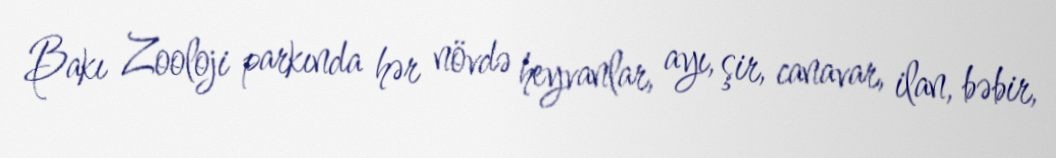
Bakı Zooloji parkında hər növdə heyvanlar, ayı, şir, canavar, ilan, bəbir,